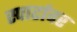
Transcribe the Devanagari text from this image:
स्पार्टावर